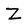
Character: Z